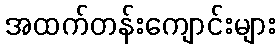
အထက်တန်းကျောင်းများ